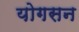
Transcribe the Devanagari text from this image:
योगसन